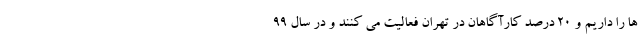
ها را داریم و ۲۰ درصد کارآگاهان در تهران فعالیت می کنند و در سال ۹۹